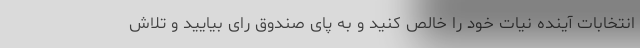
انتخابات آینده نیات خود را خالص کنید و به پای صندوق رای بیایید و تلاش